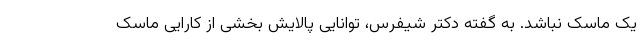
یک ماسک نباشد. به گفته دکتر شیفرس، توانایی پالایش بخشی از کارایی ماسک